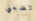
تضعني